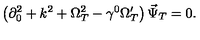
\left( \partial _ { 0 } ^ { 2 } + k ^ { 2 } + \Omega _ { T } ^ { 2 } - \gamma ^ { 0 } \Omega _ { T } ^ { \prime } \right) \vec { \Psi } _ { T } = 0 .